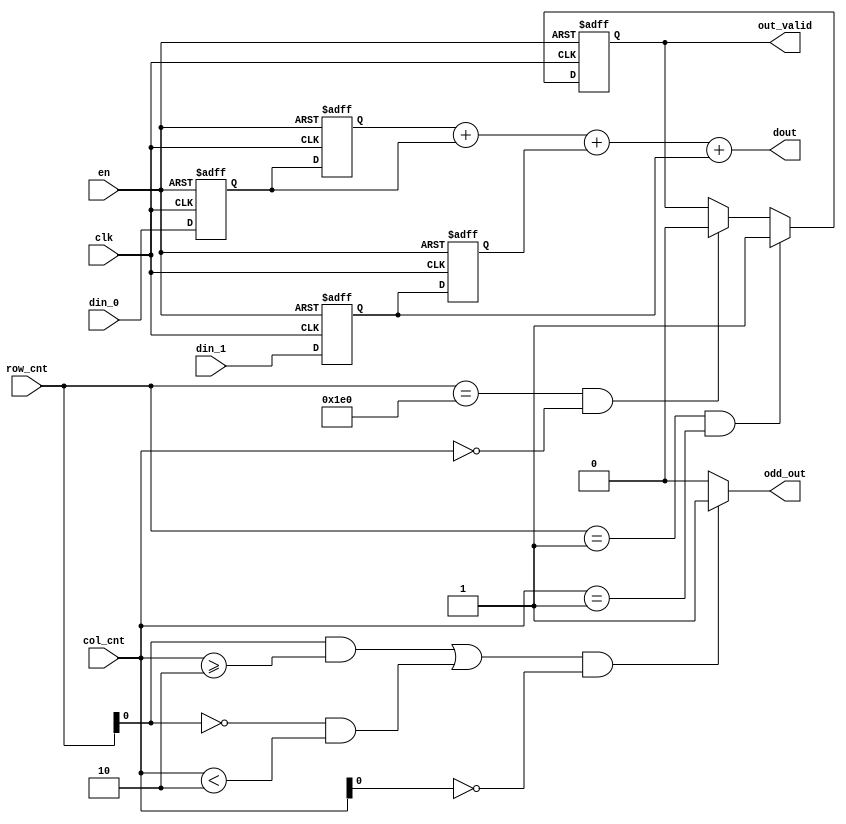
module avg_kernel(
    input clk,
    input en,
    input [WIDTH-1:0] din_1,
    input [WIDTH-1:0] din_0,
    input [9:0] row_cnt,
    input [9:0] col_cnt,
    output [9:0] dout,
    output reg out_valid,
    output odd_out
    );
parameter WIDTH = 8;
parameter ROW = 480;
parameter COL = 752;

reg [WIDTH-1:0] kernel [3:0];
always @(posedge clk or negedge en) begin
    if (!en) 
    begin: kernel_rst
        integer i;
        for(i=0;i<4;i=i+1) begin
            kernel[i] <= 8'd1;
        end
    end
    else 
        begin: kernel_inst
        integer i;
        kernel[3]  <= din_1;
        kernel[1]  <= din_0;
        kernel[2]  <= kernel[3];
        kernel[0]  <= kernel[1];
    end
end

always @(posedge clk or negedge en) begin
    if (!en) begin
        out_valid <= 1'b0;
    end
    else begin
        if (row_cnt == 10'd1 && col_cnt == 10'd1) begin
            out_valid <= 1'b1;
        end
        else if (row_cnt == 10'd480 && col_cnt == 10'd0) begin
            out_valid <= 1'b0;
        end
        else begin
            out_valid <= out_valid;
        end
    end
end

assign odd_out = ((row_cnt[0] == 1'b1 && col_cnt >= 10'd2) || (row_cnt[0] == 1'b0 && col_cnt < 10'd2)) && col_cnt[0] == 1'b0 ? 1'b1 : 1'b0;
// assign kernel_flag = row_cnt >= 10'd4 && col_cnt >= 10'd4 && row_cnt <= (ROW - 1'b1) && col_cnt <= (COL - 1'b1) ? 1'b1 : 1'b0;
wire [WIDTH+1:0] k [3:0];
assign k[0] = {2'b0, kernel[0]};
assign k[1] = {2'b0, kernel[1]};
assign k[2] = {2'b0, kernel[2]};
assign k[3] = {2'b0, kernel[3]};

assign dout = k[0] + k[1] + k[2] + k[3];

endmodule